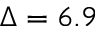
\Delta = 6 . 9